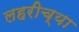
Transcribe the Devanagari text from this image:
लहरीच्या